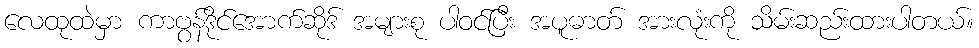
လေထုထဲမှာ ကာဗွန်ဒိုင်အောက်ဆိုဒ် အများစု ပါဝင်ပြီး အပူဓာတ် အားလုံးကို သိမ်းဆည်းထားပါတယ်။